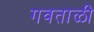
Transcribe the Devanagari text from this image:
गवताळी